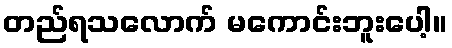
တည်ရသလောက် မကောင်းဘူးပေါ့။